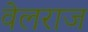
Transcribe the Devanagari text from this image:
वेलराज